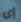
إى